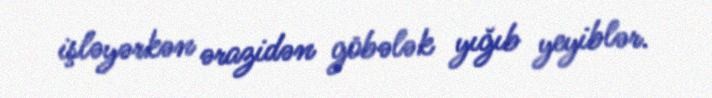
işləyərkən ərazidən göbələk yığıb yeyiblər.